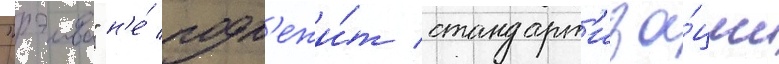
"рэива" н'е́ подл'ежи́т стандарт'иза́ции